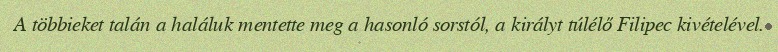
A többieket talán a haláluk mentette meg a hasonló sorstól, a királyt túlélő Filipec kivételével.